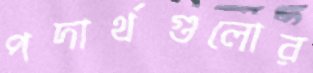
পদার্থগুলোর